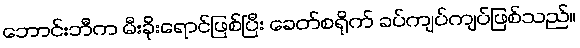
ဘောင်းဘီက မီးခိုးရောင်ဖြစ်ပြီး ခေတ်စရိုက် ခပ်ကျပ်ကျပ်ဖြစ်သည်။